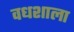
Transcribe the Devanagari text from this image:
वधशाला